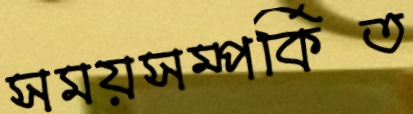
সময়সম্পর্কিত